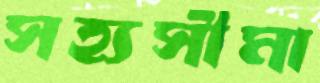
সহ্যসীমা